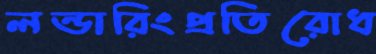
লন্ডারিংপ্রতিরোধ